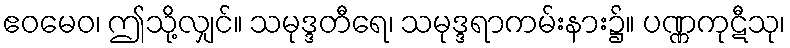
ဧဝမေဝ၊ ဤသို့လျှင်။ သမုဒ္ဒတီရေ၊ သမုဒ္ဒရာကမ်းနား၌။ ပဏ္ဏကုဋီသု၊